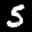
Label: 5